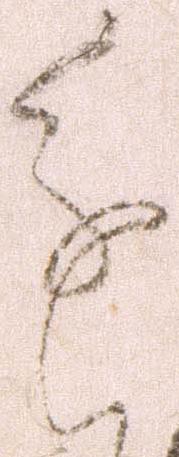
進